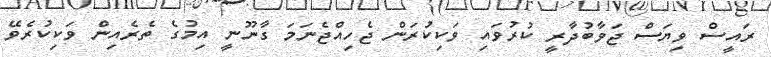
ރައީސް ވިޔަސް ޖަވާބުދާރީ ކުރުވައި ވަކިކުރަން ޖެހިއްޖެނަމަ ގާނޫނީ އިމުގެ ތެރެއިން ވަކިކުރެވޭ